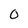
Character: 0